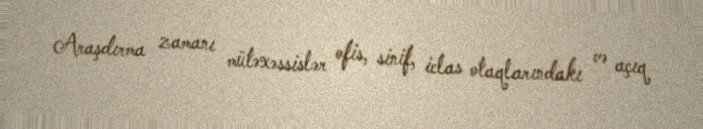
Araşdırma zamanı mütəxəssislər ofis, sinif, iclas otaqlarındakı və açıq